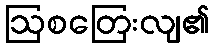
ဩစတြေးလျ၏